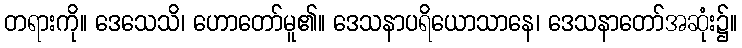
တရားကို။ ဒေသေသိ၊ ဟောတော်မူ၏။ ဒေသနာပရိယောသာနေ၊ ဒေသနာတော်အဆုံး၌။